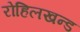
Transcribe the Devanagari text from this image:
रोहिलखन्ड